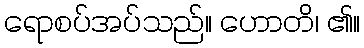
ရောစပ်အပ်သည်။ ဟောတိ၊ ၏။